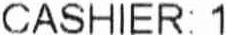
CASHIER: 1